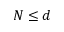
N \leq d